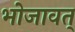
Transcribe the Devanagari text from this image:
भोजावत्